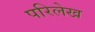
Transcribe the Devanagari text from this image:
परिलेख